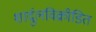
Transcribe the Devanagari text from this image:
शार्दुलविक्रीडित